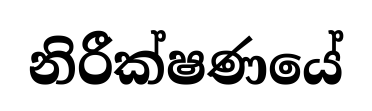
නිරීක්ෂණයේ